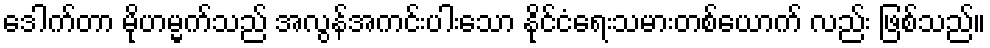
ဒေါက်တာ မိုဟမ္မက်သည် အလွန်အကင်းပါးသော နိုင်ငံရေးသမားတစ်ယောက် လည်း ဖြစ်သည်။